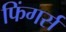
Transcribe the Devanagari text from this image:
फिंगर्स